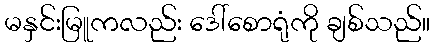
မနှင်းမြူကလည်း ဒေါ်စောရုံကို ချစ်သည်။